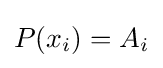
P(x_{i})=A_{i}